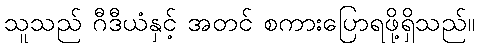
သူသည် ဂီဒီယံနှင့် အတင် စကားပြောရဖို့ရှိသည်။